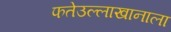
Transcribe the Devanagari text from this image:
फतेउल्लाखानाला